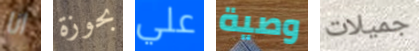
انا بحوزة علي وصية جميلات